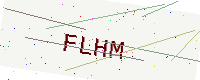
Text: FLHM